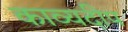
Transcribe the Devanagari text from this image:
काव्यदीप